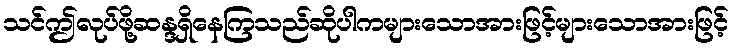
သင်ဤလုပ်ဖို့ဆန္ဒရှိနေကြသည်ဆိုပါကများသောအားဖြင့်များသောအားဖြင့်